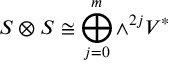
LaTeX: S \otimes S \cong \bigoplus _ { j = 0 } ^ { m } \wedge ^ { 2 j } V ^ { * }